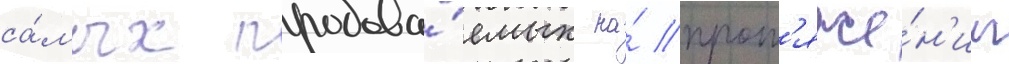
са́мых продава́емых на́ прот'яже́н'ии